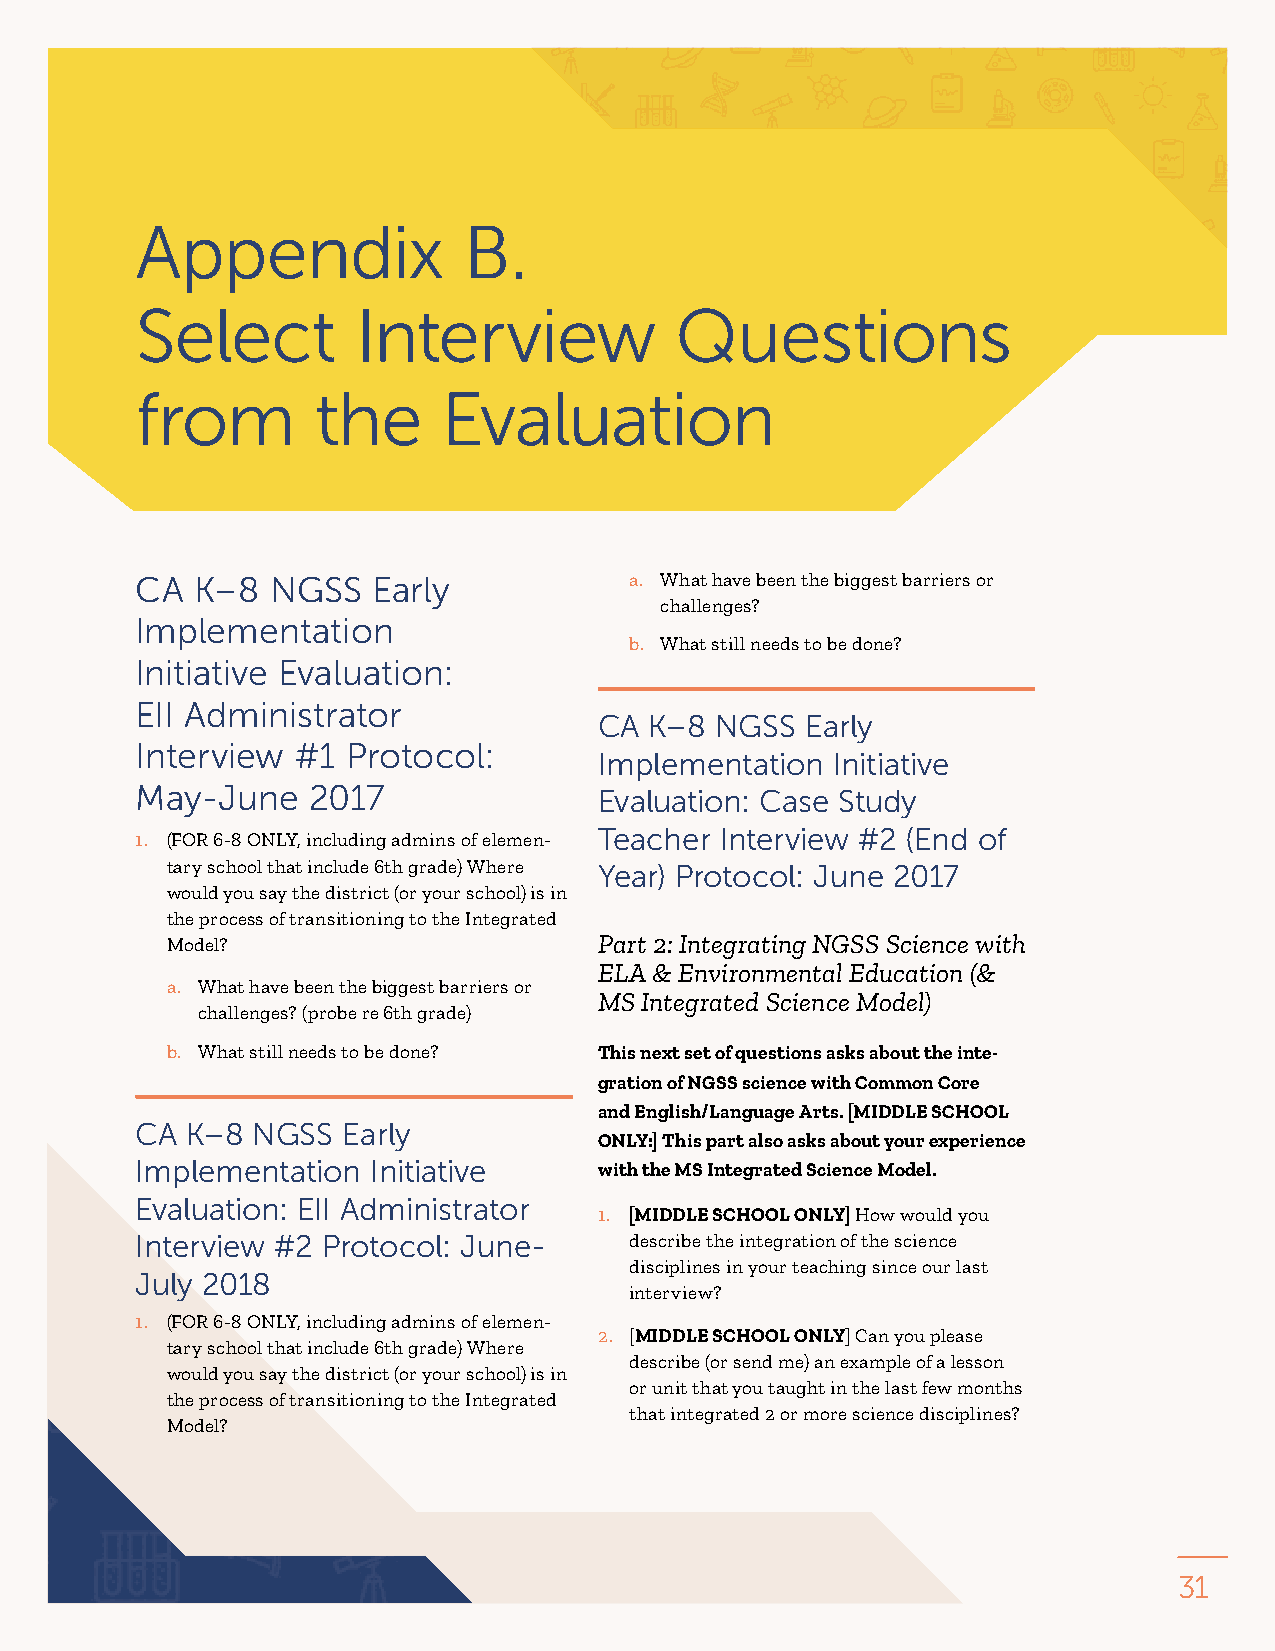
Appendix              B.
 Select         Interview            Questions
 from        the     Evaluation
 CA  K–8  NGSS   Early            a. What have been the biggest barriers or
 challenges?
 Implementation
 b. What still needs to be done?
 Initiative Evaluation:
 EII Administrator
 CA K–8 NGSS  Early
 Interview #1  Protocol:
 Implementation Initiative
 May-June   2017                Evaluation: Case Study
 Teacher Interview #2 (End of
 1. (FOR 6-8 ONLY, including admins of elemen-
 tary school that include 6th grade) Where Year) Protocol: June 2017
 would you say the district (or your school) is in
 the process of transitioning to the Integrated
 Model?                       Part 2: Integrating NGSS Science with
 ELA & Environmental Education (&
 a. What have been the biggest barriers or
 MS Integrated Science Model)
 challenges? (probe re 6th grade)
 b. What still needs to be done? This next set of questions asks about the inte-
 gration of NGSS science with Common Core
 and English/Language Arts. [MIDDLE SCHOOL
 CA K–8  NGSS  Early
 ONLY:] This part also asks about your experience
 Implementation  Initiative     with the MS Integrated Science Model.
 Evaluation: EII Administrator
 1. [MIDDLE SCHOOL ONLY] How would you
 Interview #2 Protocol: June-     describe the integration of the science
 disciplines in your teaching since our last
 July 2018
 interview?
 1. (FOR 6-8 ONLY, including admins of elemen-
 2. [MIDDLE SCHOOL ONLY] Can you please
 tary school that include 6th grade) Where
 describe (or send me) an example of a lesson
 would you say the district (or your school) is in
 or unit that you taught in the last few months
 the process of transitioning to the Integrated
 that integrated 2 or more science disciplines?
 Model?
 31